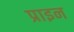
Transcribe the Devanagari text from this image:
प्राइन